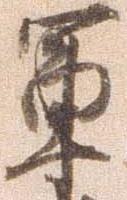
軍